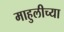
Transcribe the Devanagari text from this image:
माहुलीच्या